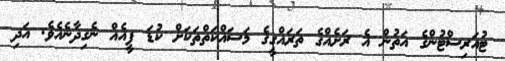
ޓުއަރިސްޓުންގެ އަތުން އެ ރަށެއްގެ ތަރައްގީގެ މަސައްކަތްތަކަށް ކުޑަ ފީއެއް ނެގިދާނެއެވެ. އަދި